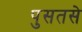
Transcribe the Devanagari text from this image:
पुसतसे